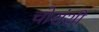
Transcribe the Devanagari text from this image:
चोरांशी